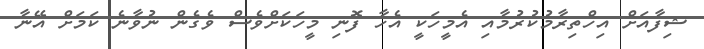
ޝިފާއަށް އިހްތިރާމުކުރުމާއި އެމީހަކީ އެހާ ފޮނި މީހަކަށްވެސް ވެގެން ނުވާނެ ކަމަށް އޭނާ